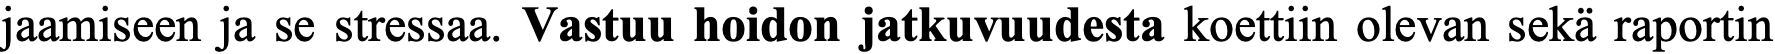
jaamiseen ja se stressaa. Vastuu hoidon jatkuvuudesta koettiin olevan sekä raportin